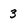
Character: 3